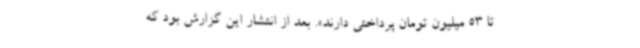
تا 53 میلیون تومان پرداختی دارند». بعد از انتشار این گزارش بود که